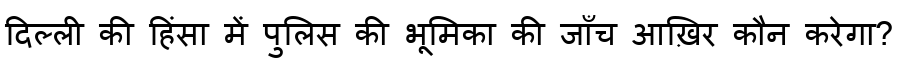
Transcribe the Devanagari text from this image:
दिल्ली की हिंसा में पुलिस की भूमिका की जाँच आख़िर कौन करेगा?